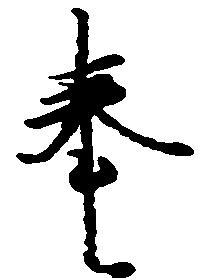
奉